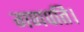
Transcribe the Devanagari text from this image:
गणपति।